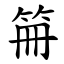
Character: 笧